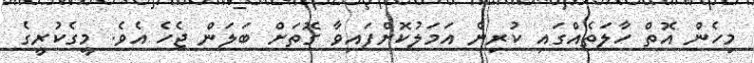
މިހެން އޮތް ހާލަތެއްގައި ކުރިން އަމަލުކޮށްފައިވާ ގޮތަށް ބަލަން ޖެހެ އެވެ. މީގެކުރީގެ